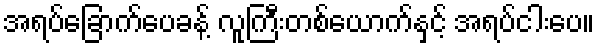
အရပ်ခြောက်ပေခန့် လူကြီးတစ်ယောက်နှင့် အရပ်ငါးပေ။